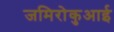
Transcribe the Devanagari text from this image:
जमिरोकुआई